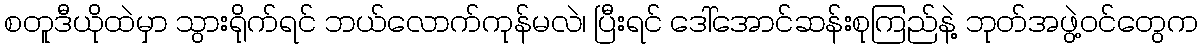
စတူဒီယိုထဲမှာ သွားရိုက်ရင် ဘယ်လောက်ကုန်မလဲ၊ ပြီးရင် ဒေါ်အောင်ဆန်းစုကြည်နဲ့ ဘုတ်အဖွဲ့ဝင်တွေက